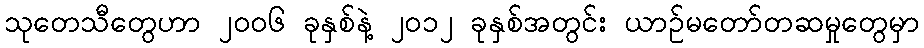
သုတေသီတွေဟာ ၂၀၀၆ ခုနှစ်နဲ့ ၂၀၁၂ ခုနှစ်အတွင်း ယာဉ်မတော်တဆမှုတွေမှာ